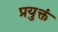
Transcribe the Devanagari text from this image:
प्रयुक्तं